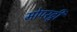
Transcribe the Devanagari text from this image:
मोपरट्वी